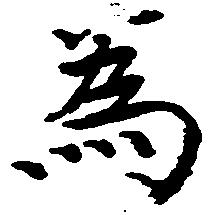
為